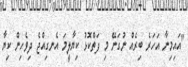
"އައިމިނާ އަހަރެ ބިރެއް ނުގަނޭ މި ފަތްކޮޅު ކިޔާލީމަ އެނގިއްޖެ ދިވެހިން ކިޔާ